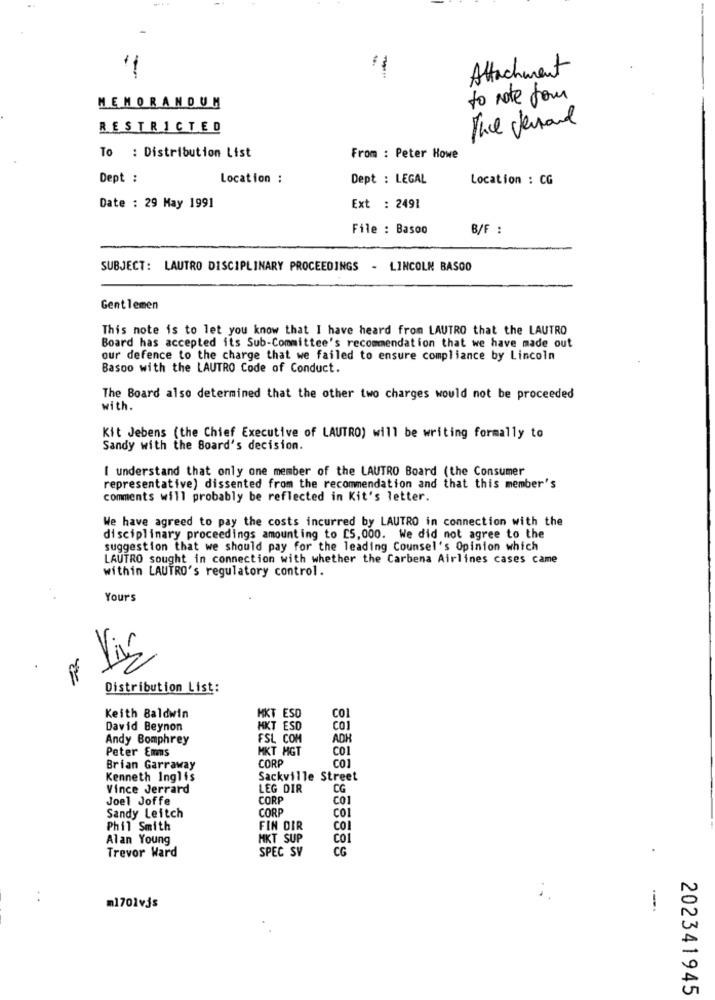
-
Attachment
to note four
MEMORANDUM
RESTRICTED
The Jenand
To : Distribution List
From : Peter Howe
Dept :
Location :
Dept : LEGAL
Location : CG
Date : 29 May 1991
Ext : 2491
File : Basoo
B/F :
SUBJECT: LAUTRO DISCIPLINARY PROCEEDINGS - LINCOLN BASOO
Gentlemen
This note is to let you know that I have heard from LAUTRO that the LAUTRO
Board has accepted its Sub-Committee's recommendation that we have made out
our defence to the charge that we failed to ensure compliance by Lincoln
Basoo with the LAUTRO Code of Conduct.
The Board also determined that the other two charges would not be proceeded
with.
Kit Jebens (the Chief Executive of LAUTRO) will be writing formally to
Sandy with the Board's decision.
I understand that only one member of the LAUTRO Board (the Consumer
representative) dissented from the recommendation and that this member's
comments will probably be reflected in Kit's letter.
We have agreed to pay the costs incurred by LAUTRO in connection with the
disciplinary proceedings amount ing to [5, 000. We did not agree to the
suggestion that we should pay for the leading Counsel's Opinion which
LAUTRO sought in connection with whether the Carbena Airlines cases came
within LAUTRO's regulatory control.
Your's
Distribution List:
HKT ESD
CO1
Keith Baldwin
David Beynon
HKT ESD
COI
Andy Bomphrey
FSL COM
ADK
Peter Emms
MKT HGT
CO
CORP
CO
Brian Garraway
Kenneth Inglis
Sackville Street
Vince Jerrard
LEG DIR
CG
Joel Joffe
CORP
CO1
CORP
CO1
Sandy Leitch
Phil Smith
FIN DIR
CO
Alan Young
MKT SUP
Col
Trevor Ward
SPEC SV
CG
m1701vjs
--
202341945